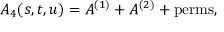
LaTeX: A _ { 4 } ( s , t , u ) = A ^ { ( 1 ) } + A ^ { ( 2 ) } + \mathrm { p e r m s } ,